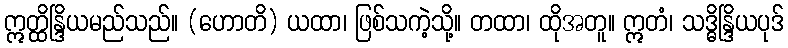
ဣတ္ထိန္ဒြိယမည်သည်။ (ဟောတိ) ယထာ၊ ဖြစ်သကဲ့သို့။ တထာ၊ ထိုအတူ။ ဣတံ၊ သဒ္ဓိန္ဒြိယပုဒ်